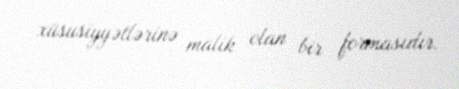
xüsusiyyətlərinə malik olan bir formasıdır.